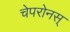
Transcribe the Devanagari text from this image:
चेपरोनस्